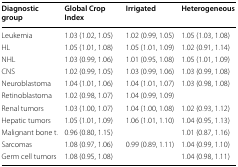
<table><thead><tr><td><b>Diagnostic group</b></td><td><b>Global Crop Index</b></td><td><b>Irrigated</b></td><td><b>Heterogeneous</b></td></tr></thead><tbody><tr><td>Leukemia</td><td>1.03 (1.02, 1.05)</td><td>1.02 (0.99, 1.05)</td><td>1.05 (1.03, 1.08)</td></tr><tr><td>HL</td><td>1.05 (1.01, 1.08)</td><td>1.05 (1.01, 1.09)</td><td>1.02 (0.91, 1.14)</td></tr><tr><td>NHL</td><td>1.03 (0.99, 1.06)</td><td>1.01 (0.95, 1.08)</td><td>1.05 (1.01, 1.09)</td></tr><tr><td>CNS</td><td>1.02 (0.99, 1.05)</td><td>1.03 (0.99, 1.06)</td><td>1.03 (0.99, 1.08)</td></tr><tr><td>Neuroblastoma</td><td>1.04 (1.01, 1.06)</td><td>1.04 (1.01, 1.07)</td><td>1.03 (0.98, 1.08)</td></tr><tr><td>Retinoblastoma</td><td>1.02 (0.98, 1.07)</td><td>1.04 (0.99, 1.09)</td><td></td></tr><tr><td>Renal tumors</td><td>1.03 (1.00, 1.07)</td><td>1.04 (1.00, 1.08)</td><td>1.02 (0.93, 1.12)</td></tr><tr><td>Hepatic tumors</td><td>1.05 (1.01, 1.09)</td><td>1.06 (1.01, 1.10)</td><td>1.04 (0.95, 1.13)</td></tr><tr><td>Malignant bone t.</td><td>0.96 (0.80, 1.15)</td><td></td><td>1.01 (0.87, 1.16)</td></tr><tr><td>Sarcomas</td><td>1.08 (0.97, 1.06)</td><td>0.99 (0.89, 1.11)</td><td>1.04 (0.99, 1.10)</td></tr><tr><td>Germ cell tumors</td><td>1.08 (0.95, 1.08)</td><td></td><td>1.04 (0.98, 1.11)</td></tr></tbody></table>